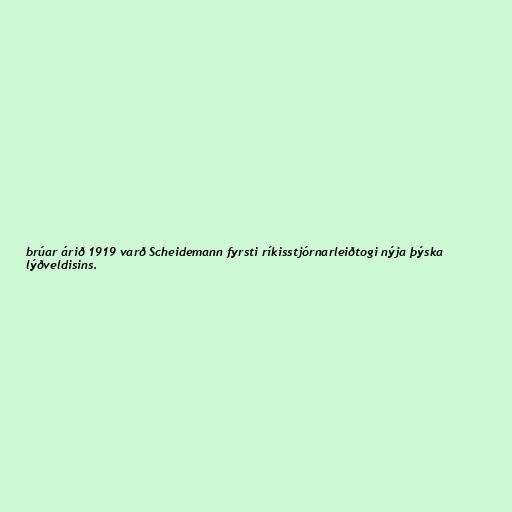
brúar árið 1919 varð Scheidemann fyrsti ríkisstjórnarleiðtogi nýja þýska
lýðveldisins.